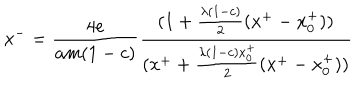
x ^ { - } = { \frac { 4 e } { a m ( 1 - c ) } } { \frac { ( 1 + { \frac { \lambda ( 1 - c ) } { 2 } } ( x ^ { + } - x _ { 0 } ^ { + } ) ) } { ( x ^ { + } + { \frac { \lambda ( 1 - c ) x _ { 0 } ^ { + } } { 2 } } ( x ^ { + } - x _ { 0 } ^ { + } ) ) } }